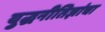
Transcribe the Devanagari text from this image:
युद्धनीतिज्ञांचा